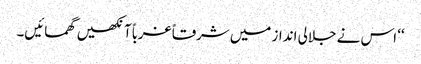
‘‘ اس نے جلالی انداز میں شرقاً غرباً آنکھیں گھمائیں۔